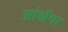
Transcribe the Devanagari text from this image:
आंग्रेंचा